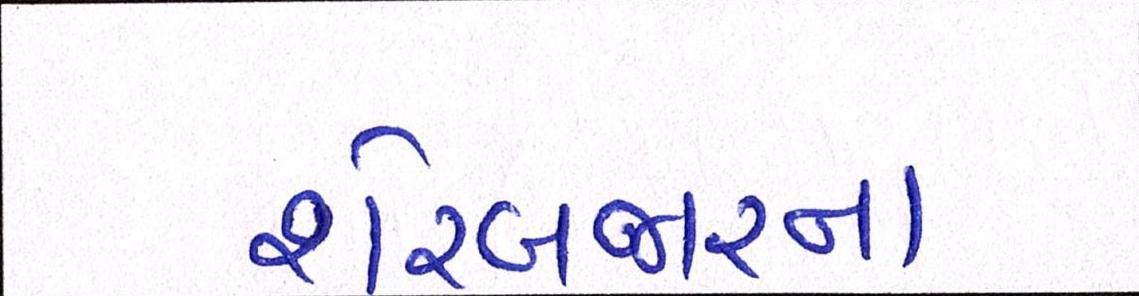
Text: શેરબજારના